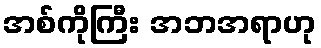
အစ်ကိုကြီး အဘအရာဟု